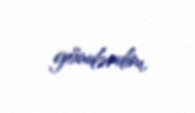
göndərdim.